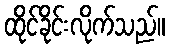
ထိုင်ခိုင်းလိုက်သည်။